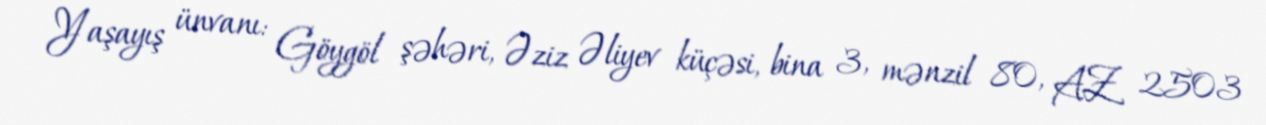
Yaşayış ünvanı: Göygöl şəhəri, Əziz Əliyev küçəsi, bina 3, mənzil 80, AZ 2503